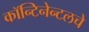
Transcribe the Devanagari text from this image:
कॉन्टिनेन्टलचे